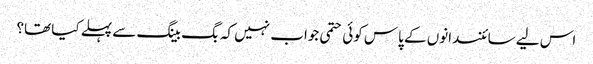
اس لیے سائنسدانوں کے پاس کوئی حتمی جواب نہیں کہ بگ بینگ سے پہلے کیا تھا؟